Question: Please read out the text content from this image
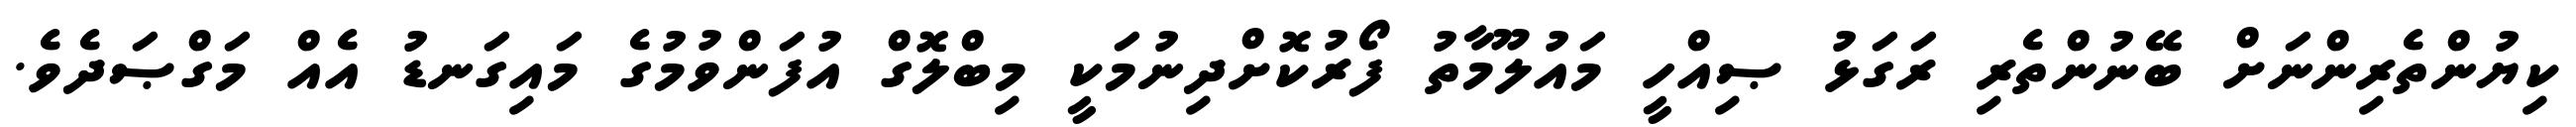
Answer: ކިޔުންތެރިންނަށް ބޭނުންތެރި ރަގަޅު ޞިއްހީ މައުލޫމާތު ފޯރުކޮށްދިނުމަކީ މިބްލޮގް އުފަންވުމުގެ މައިގަނޑު އެއް މަގްޞަދެވެ.